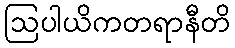
ဩပါယိကတရာနီတိ